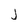
Character: j